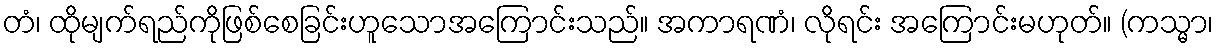
တံ၊ ထိုမျက်ရည်ကိုဖြစ်စေခြင်းဟူသောအကြောင်းသည်။ အကာရဏံ၊ လိုရင်း အကြောင်းမဟုတ်။ (ကသ္မာ၊